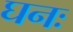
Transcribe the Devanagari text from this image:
घनः